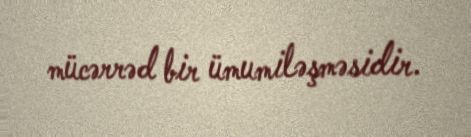
mücərrəd bir ümumiləşməsidir.